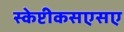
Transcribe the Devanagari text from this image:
स्केप्टीकसएसए